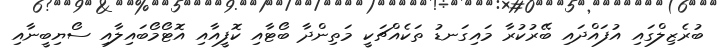
ބުރެޒިލްގައި އުފައްދައި ބޭރުކުރާ މައިގަނޑު ތަކެއްޗަކީ މަތިންދާ ބޯޓާއި ކޮފީއާއި އޮޓޯމޯބައިލާއި ސޯޔިބީނާއި